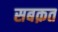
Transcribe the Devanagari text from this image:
सबक़त